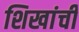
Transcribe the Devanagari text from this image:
शिखांची